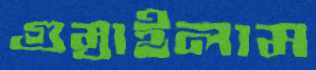
গুম্‌রাইলাম